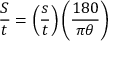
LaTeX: { \frac { S } { t } } = \left( { \frac { s } { t } } \right) \left( { \frac { 1 8 0 } { \pi \theta } } \right)